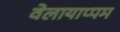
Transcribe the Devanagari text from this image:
वेलायाप्पम